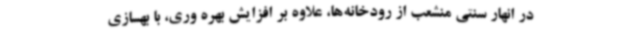
در انهار سنتی منشعب از رودخانه‌ها، علاوه بر افزایش بهره وری، با بهسازی